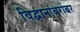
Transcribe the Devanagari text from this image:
विद्वानांबरोबर